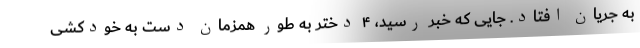
به جریان افتاد. جایی که خبر رسید، ۴ دختر به طور همزمان دست به خودکشی